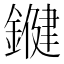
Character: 𨫡